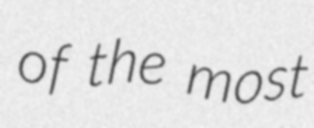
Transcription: of the most